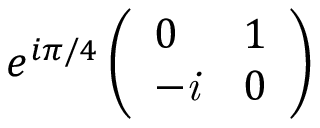
e ^ { i \pi / 4 } \left( \begin{array} { l l } { 0 } & { 1 } \\ { - \it { i } } & { 0 } \end{array} \right)